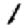
Digit: 1